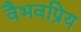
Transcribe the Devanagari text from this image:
वैभवप्रिय